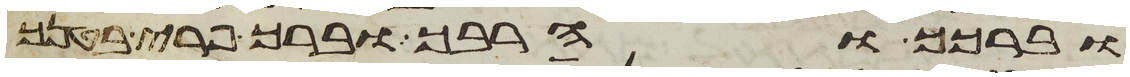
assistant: וברכך והרבך וברך פרי בטנך